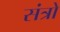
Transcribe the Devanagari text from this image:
संत्रो